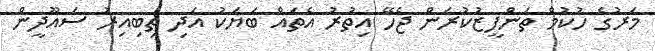
މަރުގެ ހުކުމް ތަންފީޒުކުރަން ޖެހޭ އިތުރު އެތައް ބަޔަކު އަދި ތިބިއިރު ސައޫދީން